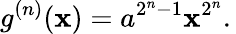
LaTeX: g^{(n)}(\mathbf{x})=a^{2^{n}-1}\mathbf{x}^{2^{n}}.\,